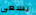
يسعى